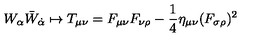
W _ { \alpha } \bar { W } _ { \dot { \alpha } } \mapsto T _ { \mu \nu } = F _ { \mu \nu } F _ { \nu \rho } - { \frac { 1 } { 4 } } \eta _ { \mu \nu } ( F _ { \sigma \rho } ) ^ { 2 }